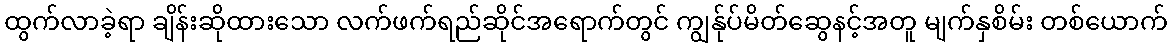
ထွက်လာခဲ့ရာ ချိန်းဆိုထားသော လက်ဖက်ရည်ဆိုင်အရောက်တွင် ကျွန်ုပ်မိတ်ဆွေနင့်အတူ မျက်နှစိမ်း တစ်ယောက်